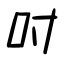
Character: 吋